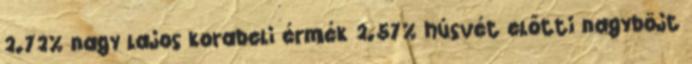
2.72% nagy lajos korabeli érmék 2.57% húsvét előtti nagyböjt